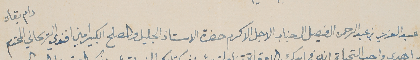
من عبد العزيز بن عبد الرحمن ال فيصل الى جناب الاجل الاكرم حضرة الاستاذ الجليل والمصلح الكبير امين افندي الريحاني المحترم دام بقاه